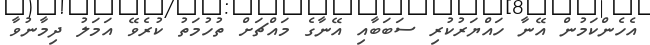
އެހެންކަމުން އޭނާ ހައްޔަރުކުރި ސަބަބާއި އޭނާގެ މައްޗަށް ތުހުމަތު ކުރެވޭ އަމަލު ދިމާނުވާ